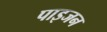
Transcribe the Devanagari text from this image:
पाइजन